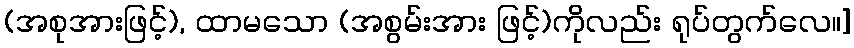
(အစုအားဖြင့်), ထာမသော (အစွမ်းအား ဖြင့်)ကိုလည်း ရုပ်တွက်လေ။]